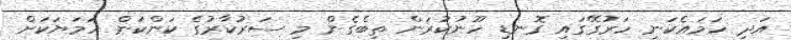
އަދި ހަމައެކަނި ހަރުގޭގައި ގޮނޑި ހޫނުކުރަން ތިބެގެން މި ސަރުކާރުގެ ކަންކަން ހަމަޔަކަށް